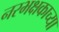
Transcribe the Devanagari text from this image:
नरभक्षकाच्या